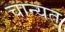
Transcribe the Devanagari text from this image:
चान्यत्